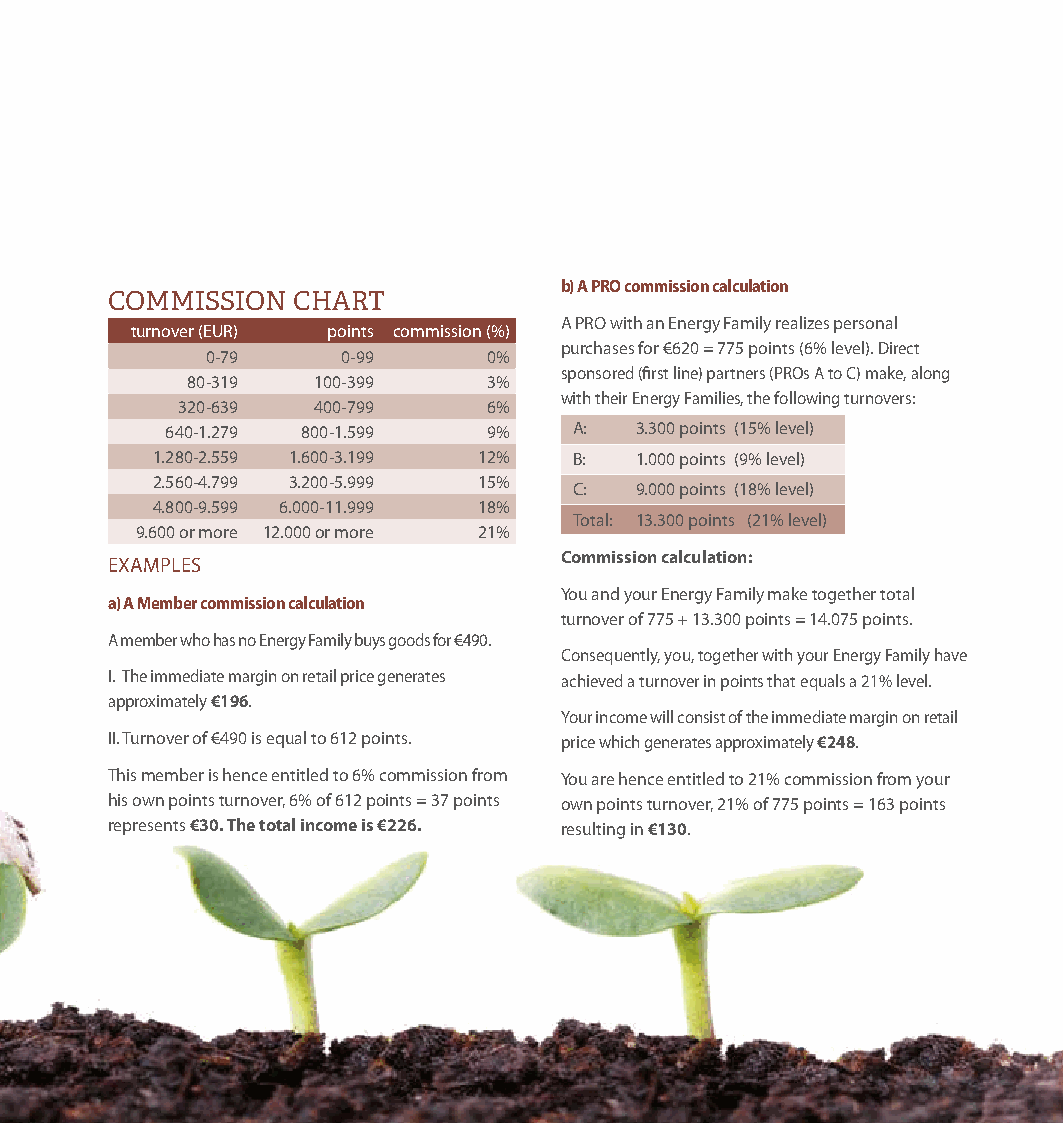
b) A PRO commission calculation
 COMMISSION  CHART
 A PRO with an Energy Family realizes personal
 turnover (EUR) points commission (%)
 purchases for €620 = 775 points (6% level). Direct
 0-79     0-99     0%
 sponsored (first line) partners (PROs A to C) make, along
 80-319   100-399    3%
 with their Energy Families, the following turnovers:
 320-639  400-799    6%
 640-1.279 800-1.599  9%    A:  3.300 points (15% level)
 1.280-2.559 1.600-3.199 12% B:  1.000 points (9% level)
 2.560-4.799 3.200-5.999 15%
 C:  9.000 points (18% level)
 4.800-9.599 6.000-11.999 18%
 Total: 13.300 points (21% level)
 9.600 or more 12.000 or more 21%
 Commission calculation:
 EXAMPLES
 You and your Energy Family make together total
 a) A Member commission calculation
 turnover of 775 + 13.300 points = 14.075 points.
 A member who has no Energy Family buys goods for €490.
 Consequently, you, together with your Energy Family have
 I. The immediate margin on retail price generates achieved a turnover in points that equals a 21% level.
 approximately €196.
 Your income will consist of the immediate margin on retail
 II. Turnover of €490 is equal to 612 points. price which generates approximately €248.
 This member is hence entitled to 6% commission from You are hence entitled to 21% commission from your
 his own points turnover, 6% of 612 points = 37 points own points turnover, 21% of 775 points = 163 points
 represents €30. The total income is €226. resulting in €130.
 Pruvodce_2018.indd 11                                          17.04.18 12:00